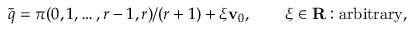
\bar { q } = \pi ( 0 , 1 , \ldots , r - 1 , r ) / ( r + 1 ) + \xi { \bf v } _ { 0 } , \qquad \xi \in { \bf R } : \mathrm { a r b i t r a r y } ,